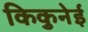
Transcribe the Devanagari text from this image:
किकुनेई